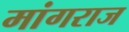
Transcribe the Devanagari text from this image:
मांगराज